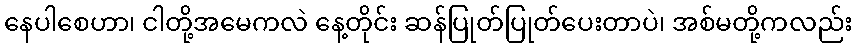
နေပါစေဟာ၊ ငါတို့အမေကလဲ နေ့တိုင်း ဆန်ပြုတ်ပြုတ်ပေးတာပဲ၊ အစ်မတို့ကလည်း